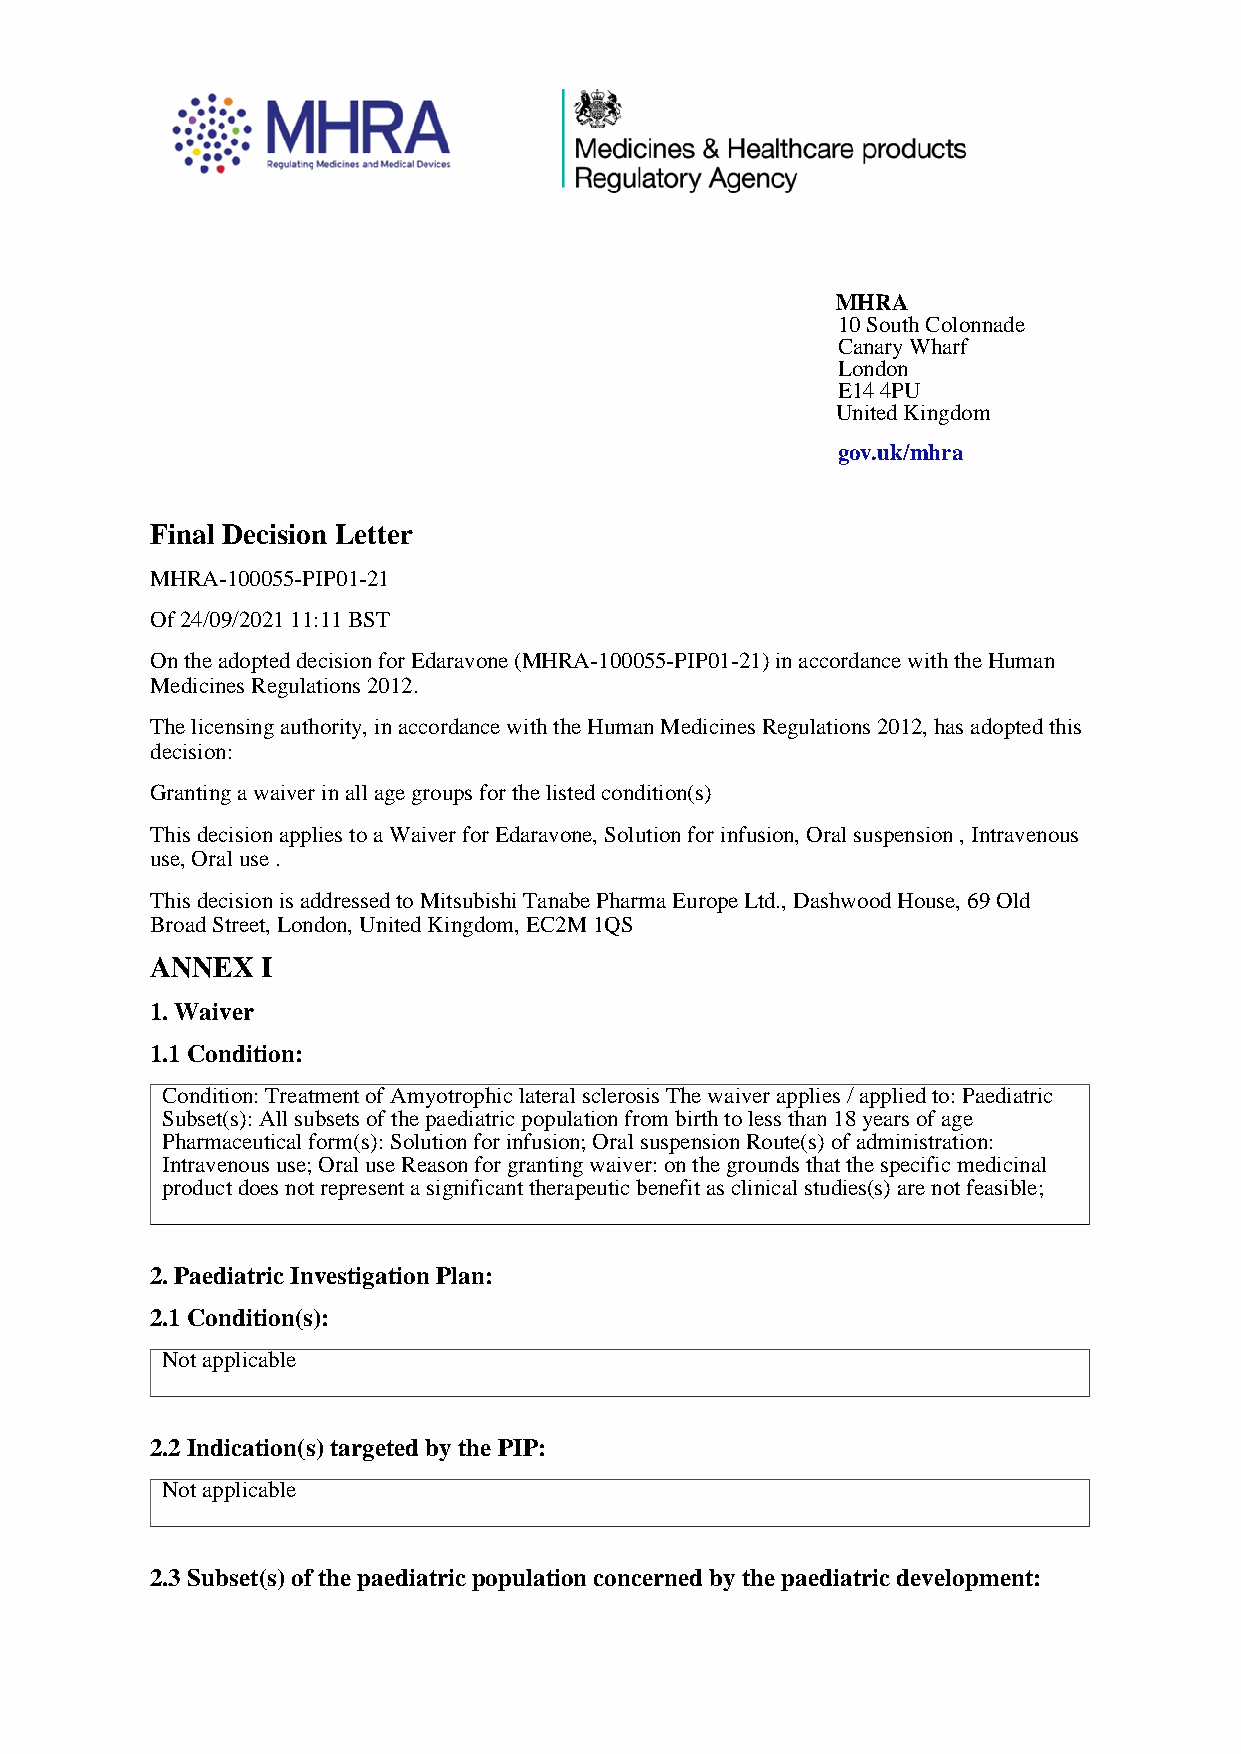
MHRA
 10 South Colonnade
 Canary Wharf
 London
 E14 4PU
 United Kingdom
 gov.uk/mhra
 Final Decision Letter
 MHRA-100055-PIP01-21
 Of 24/09/2021 11:11 BST
 On the adopted decision for Edaravone (MHRA-100055-PIP01-21) in accordance with the Human
 Medicines Regulations 2012.
 The licensing authority, in accordance with the Human Medicines Regulations 2012, has adopted this
 decision:
 Granting a waiver in all age groups for the listed condition(s)
 This decision applies to a Waiver for Edaravone, Solution for infusion, Oral suspension , Intravenous
 use, Oral use .
 This decision is addressed to Mitsubishi Tanabe Pharma Europe Ltd., Dashwood House, 69 Old
 Broad Street, London, United Kingdom, EC2M 1QS
 ANNEX  I
 1. Waiver
 1.1 Condition:
 Condition: Treatment of Amyotrophic lateral sclerosis The waiver applies / applied to: Paediatric
 Subset(s): All subsets of the paediatric population from birth to less than 18 years of age
 Pharmaceutical form(s): Solution for infusion; Oral suspension Route(s) of administration:
 Intravenous use; Oral use Reason for granting waiver: on the grounds that the specific medicinal
 product does not represent a significant therapeutic benefit as clinical studies(s) are not feasible;
 2. Paediatric Investigation Plan:
 2.1 Condition(s):
 Not applicable
 2.2 Indication(s) targeted by the PIP:
 Not applicable
 2.3 Subset(s) of the paediatric population concerned by the paediatric development: